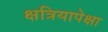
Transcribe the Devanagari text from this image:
क्षत्रियापेक्षा